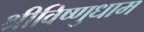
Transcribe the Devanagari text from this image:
श्रीविष्णुधाम